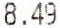
8.49